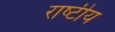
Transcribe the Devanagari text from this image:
राष्‍टीय